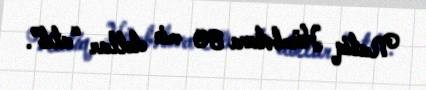
Natiq Hümbətova 80 min dollar “atıb”.